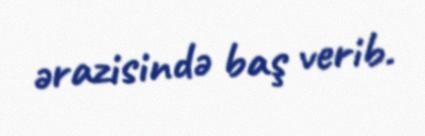
ərazisində baş verib.